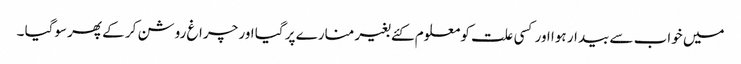
میں خواب سے بیدار ہوا اور کسی علت کو معلوم کئے بغیر منارے پر گیا اور چراغ روشن کر کے پھر سوگیا ۔